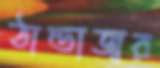
ঠান্ডাজ্বর